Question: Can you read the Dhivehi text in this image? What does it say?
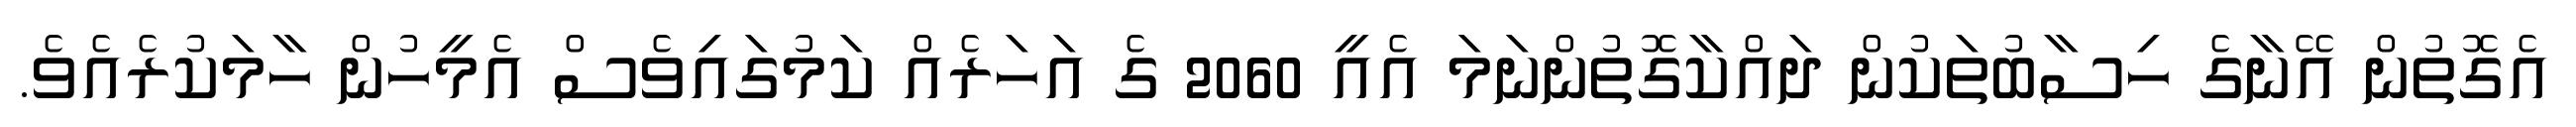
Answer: އެގޮތުން އޭނާގެ ހިސާބުތަކުން ދައްކާގޮތުންނަމަ އެއީ 2060 ގެ އަހަރެއް ކަމުގައިވެސް އެމީހުން ހާމަކުރެއެވެ.